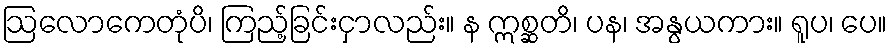
ဩလောကေတုံပိ၊ ကြည့်ခြင်းငှာလည်း။ န ဣစ္ဆတိ၊ ပန၊ အနွယကား။ ရူပ၊ ပေ။